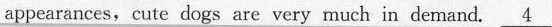
appearances, cute dogs are very much in demand.\underline{4}